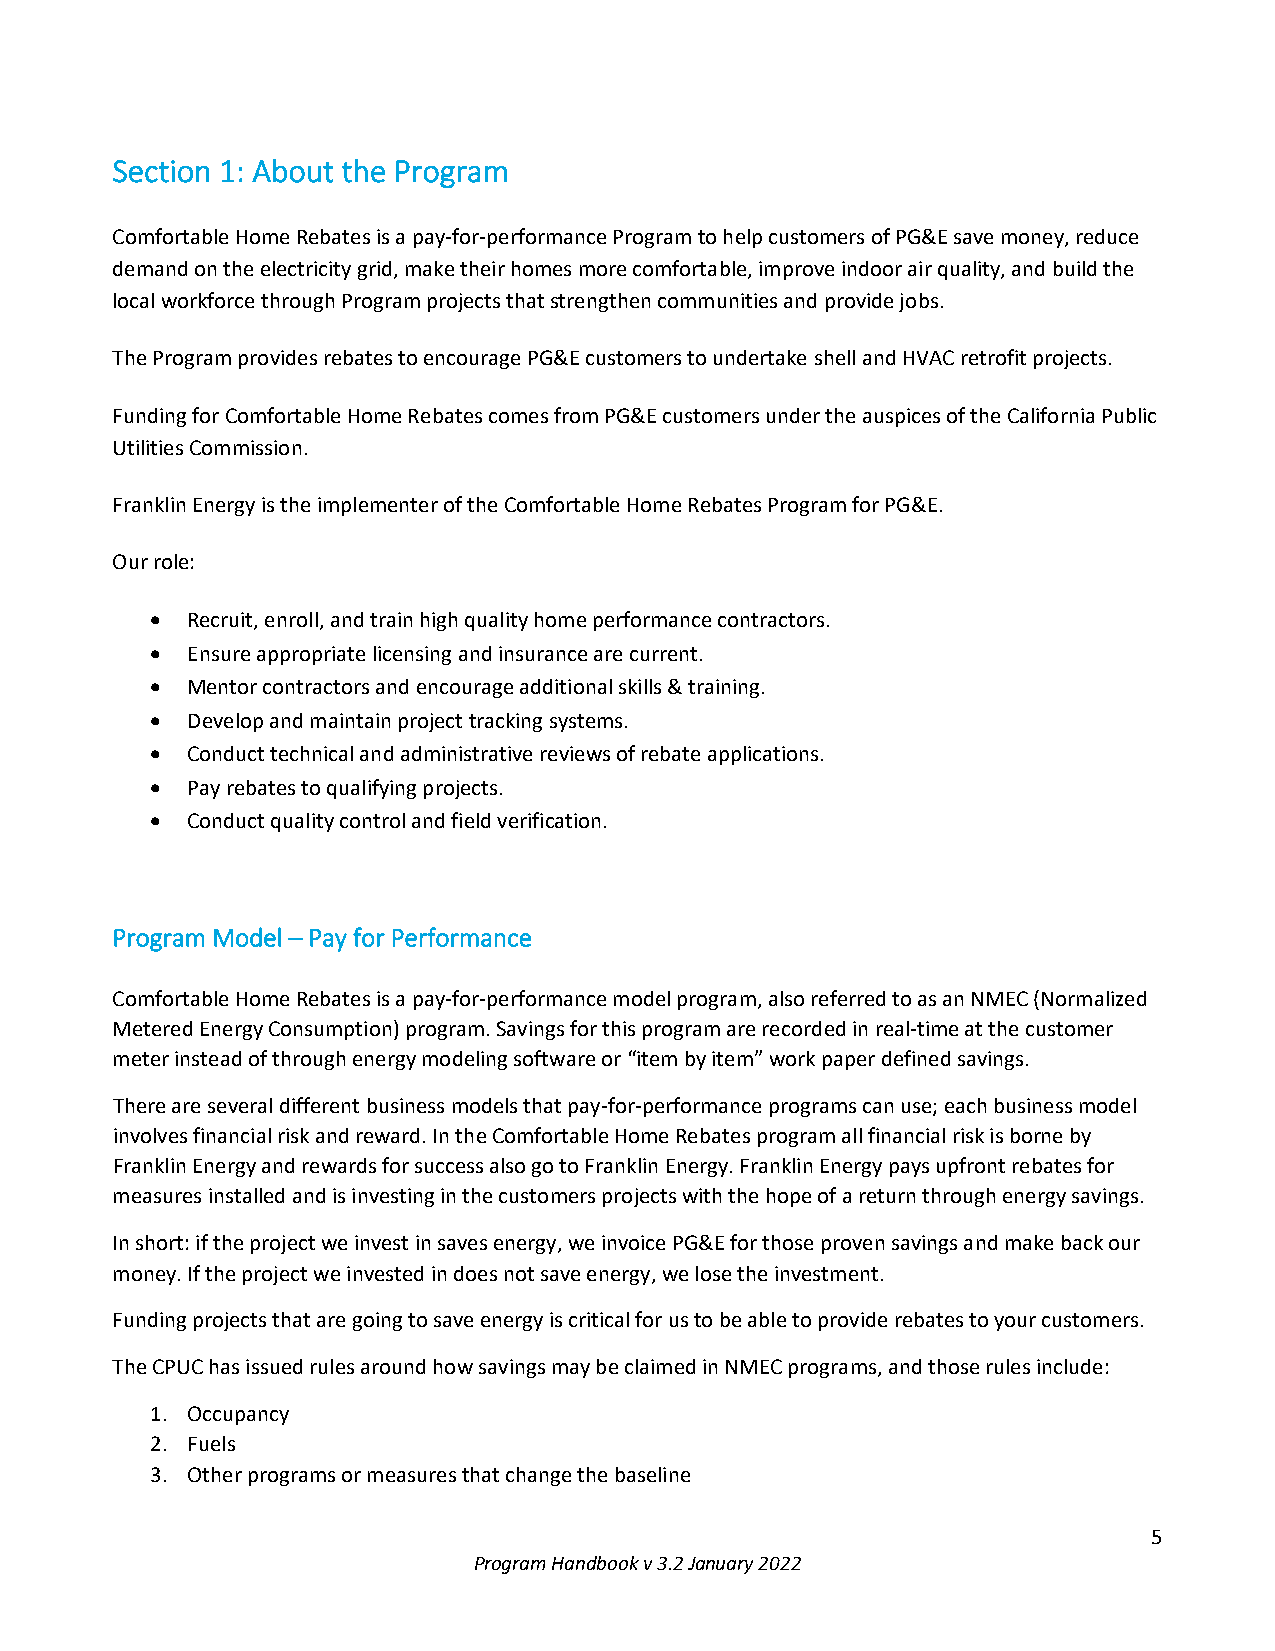
Section 1: About the Program
 Comfortable Home Rebates is a pay-for-performance Program to help customers of PG&E save money, reduce
 demand on the electricity grid, make their homes more comfortable, improve indoor air quality, and build the
 local workforce through Program projects that strengthen communities and provide jobs.
 The Program provides rebates to encourage PG&E customers to undertake shell and HVAC retrofit projects.
 Funding for Comfortable Home Rebates comes from PG&E customers under the auspices of the California Public
 Utilities Commission.
 Franklin Energy is the implementer of the Comfortable Home Rebates Program for PG&E.
 Our role:
 • Recruit, enroll, and train high quality home performance contractors.
 • Ensure appropriate licensing and insurance are current.
 • Mentor contractors and encourage additional skills & training.
 • Develop and maintain project tracking systems.
 • Conduct technical and administrative reviews of rebate applications.
 • Pay rebates to qualifying projects.
 • Conduct quality control and field verification.
 Program Model – Pay for Performance
 Comfortable Home Rebates is a pay-for-performance model program, also referred to as an NMEC (Normalized
 Metered Energy Consumption) program. Savings for this program are recorded in real-time at the customer
 meter instead of through energy modeling software or “item by item” work paper defined savings.
 There are several different business models that pay-for-performance programs can use; each business model
 involves financial risk and reward. In the Comfortable Home Rebates program all financial risk is borne by
 Franklin Energy and rewards for success also go to Franklin Energy. Franklin Energy pays upfront rebates for
 measures installed and is investing in the customers projects with the hope of a return through energy savings.
 In short: if the project we invest in saves energy, we invoice PG&E for those proven savings and make back our
 money. If the project we invested in does not save energy, we lose the investment.
 Funding projects that are going to save energy is critical for us to be able to provide rebates to your customers.
 The CPUC has issued rules around how savings may be claimed in NMEC programs, and those rules include:
 1. Occupancy
 2. Fuels
 3. Other programs or measures that change the baseline
 5
 Program Handbook v 3.2 January 2022